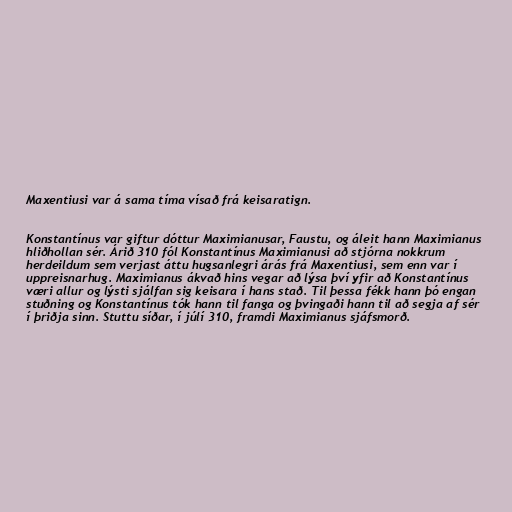
Maxentiusi var á sama tíma vísað frá keisaratign.

Konstantínus var giftur dóttur Maximianusar, Faustu, og áleit hann Maximianus
hliðhollan sér. Árið 310 fól Konstantínus Maximianusi að stjórna nokkrum
herdeildum sem verjast áttu hugsanlegri árás frá Maxentiusi, sem enn var í
uppreisnarhug. Maximianus ákvað hins vegar að lýsa því yfir að Konstantínus
væri allur og lýsti sjálfan sig keisara í hans stað. Til þessa fékk hann þó engan
stuðning og Konstantínus tók hann til fanga og þvingaði hann til að segja af sér
í þriðja sinn. Stuttu síðar, í júlí 310, framdi Maximianus sjáfsmorð.